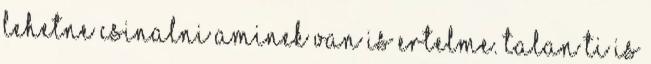
lehetne csinalni aminek van is ertelme. Talan ti is